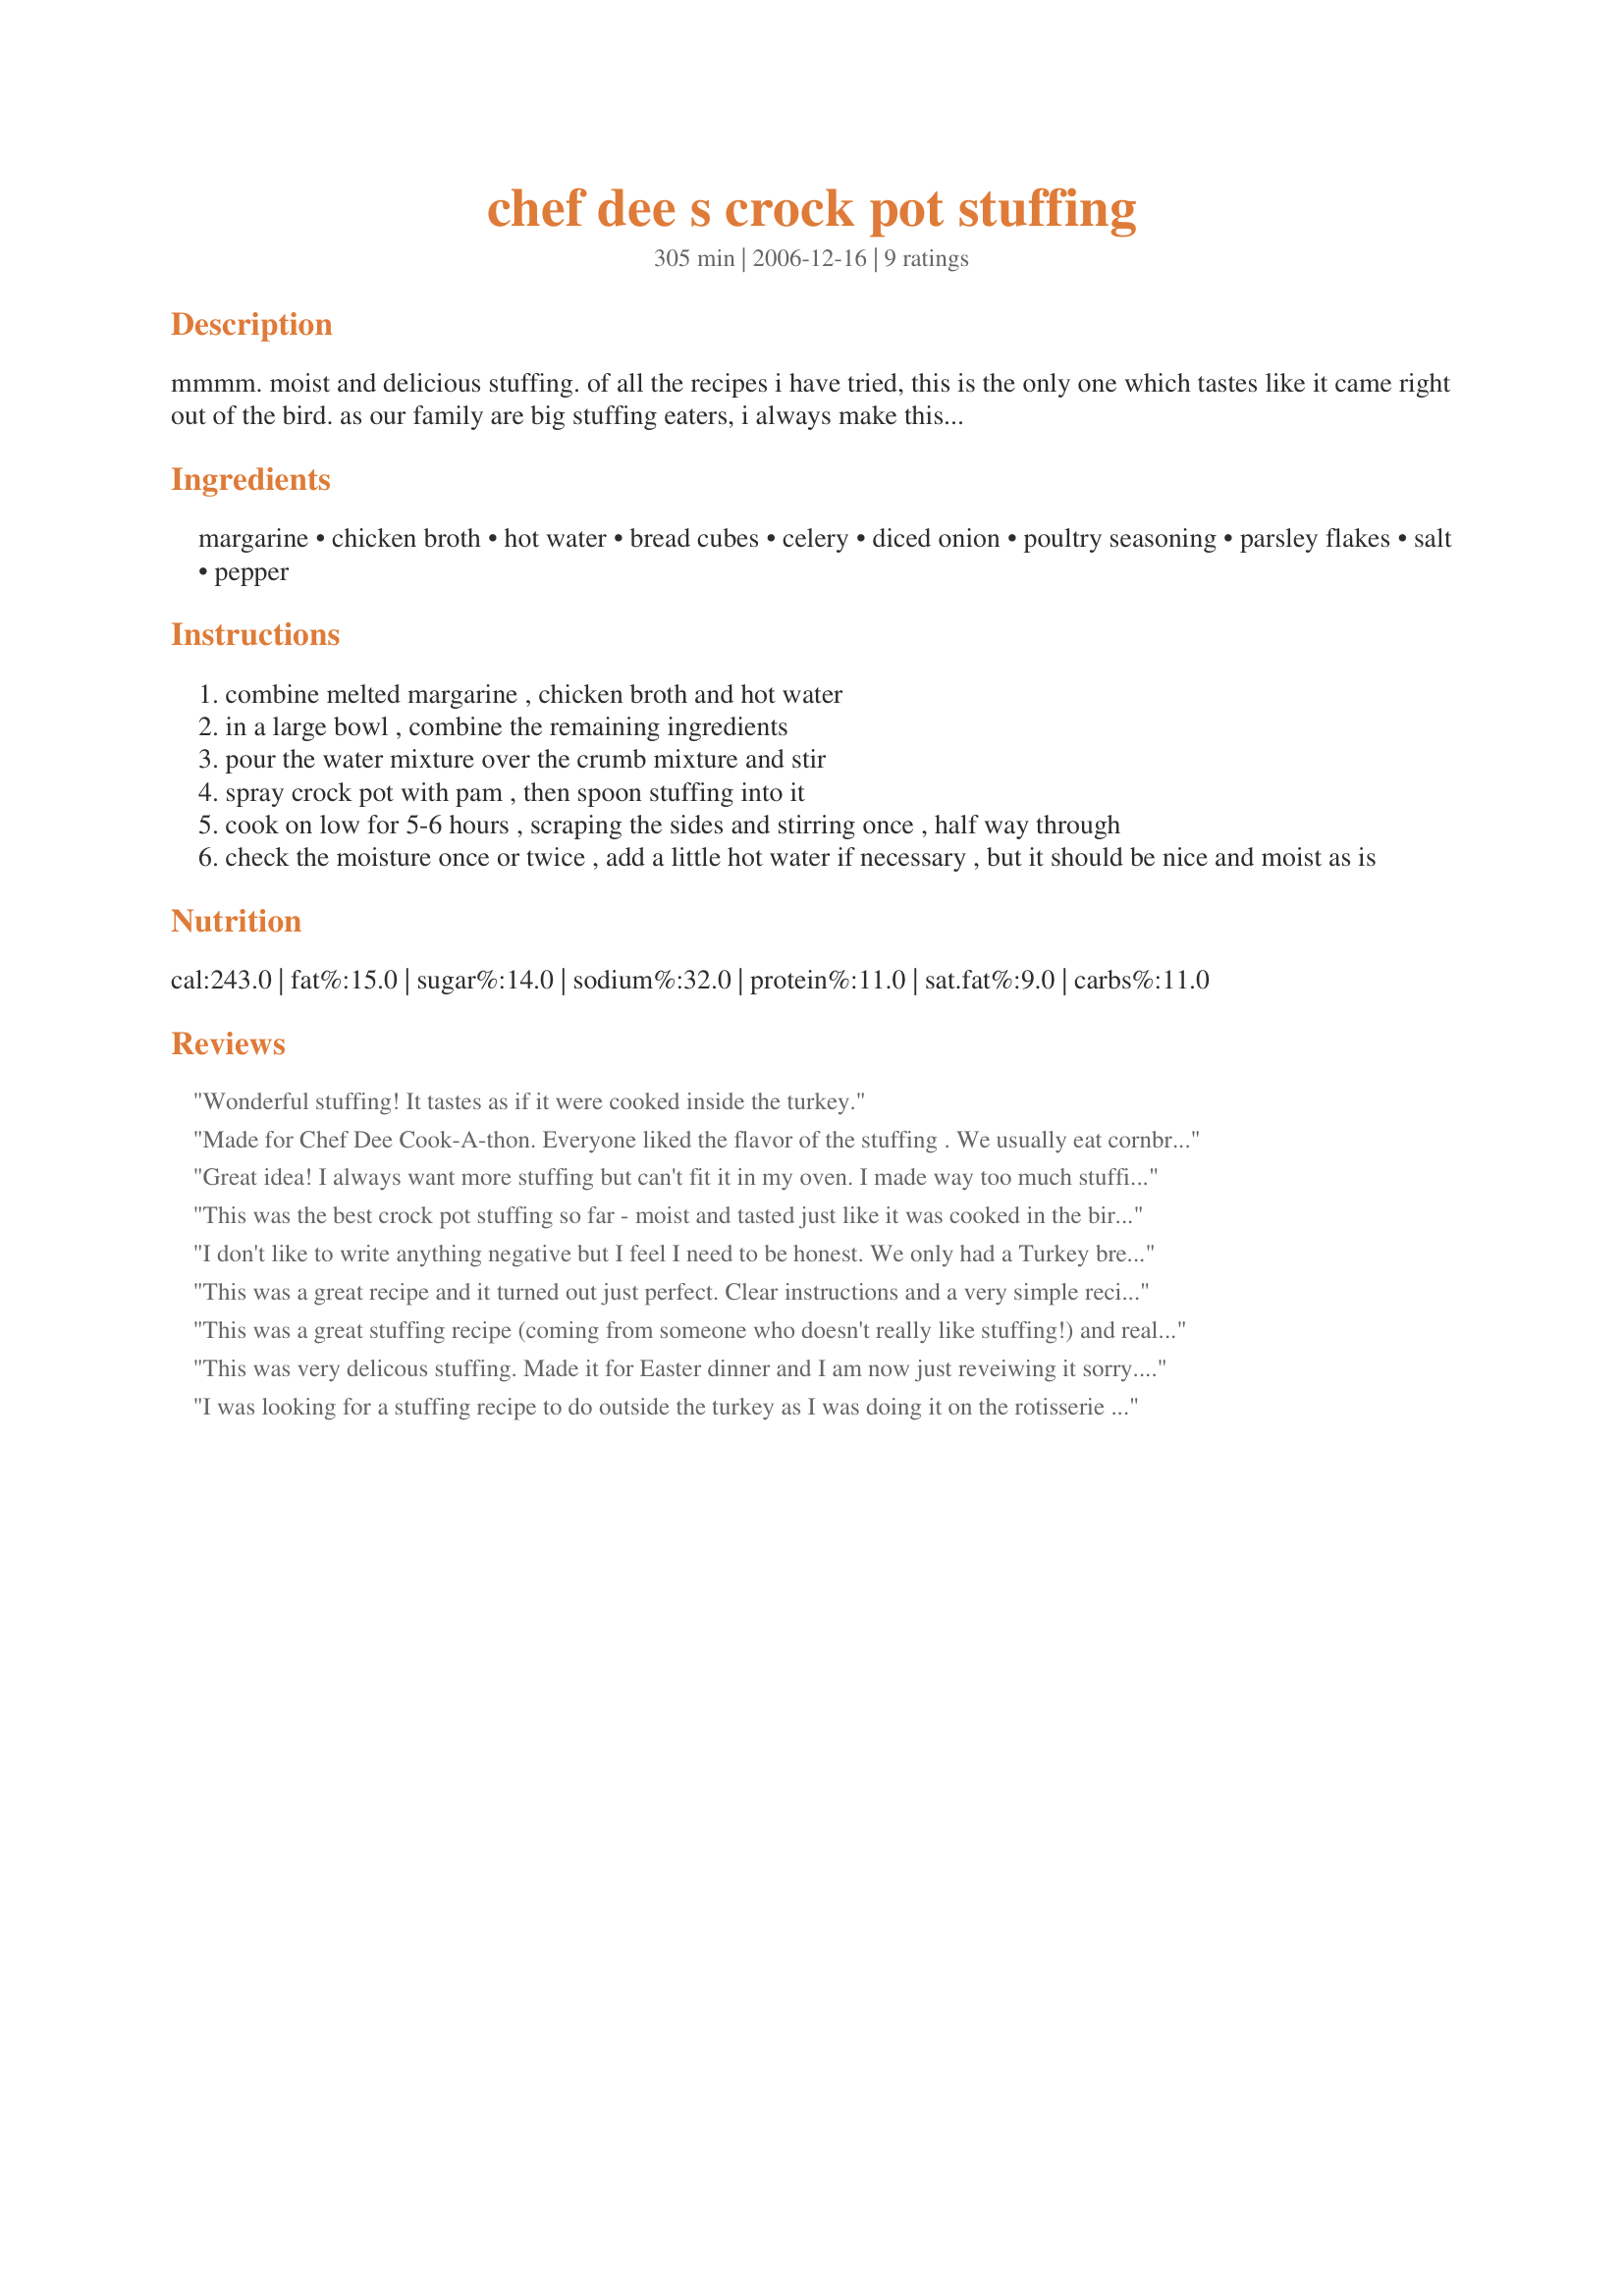
chef dee s crock pot stuffing
Preparation time: 305 minutes

mmmm. moist and delicious stuffing. of all the recipes i have tried, this is the only one which tastes like it came right out of the bird.
as our family are big stuffing eaters, i always make this recipe then mix it with the stuffing from the bird for serving.

Ingredients:
margarine, chicken broth, hot water, bread cubes, celery, diced onion, poultry seasoning, parsley flakes, salt, pepper

Steps:
combine melted margarine , chicken broth and hot water
in a large bowl , combine the remaining ingredients
pour the water mixture over the crumb mixture and stir
spray crock pot with pam , then spoon stuffing into it
cook on low for 5-6 hours , scraping the sides and stirring once , half way through
check the moisture once or twice , add a little hot water if necessary , but it should be nice and moist as is

Reviews:
Wonderful stuffing! It tastes as if it were cooked inside the turkey.
Made for Chef Dee Cook-A-thon.
Everyone liked the flavor of the stuffing . We usually eat cornbread stuffing and the texture was different than what they are use to eating, It couldn't be easier to make, 

Thanks Chef Dee. 

Bullwinkle
Great idea! I always want more stuffing but can't fit it in my oven. I made way too much stuffing this year for the first time ever thanks to this recipe! I doubled the recipe and added more chicken broth than indicated to moisten my hard bread cubes. Also, I added more poultry seasoning salt and pepper to spice it up! Was great mixed with the actual stuffing in the turkey. Also, I used butter to grease the crockpot and in the recipe.
This was the best crock pot stuffing so far - moist and tasted just like it was cooked in the bird. It was a great time saver with all the other Thankgiving goodies going and DH said it was his favorite of them all!
I don't like to write anything negative but I feel I need to be honest. We only had a Turkey breast this year so I thought this would work for Stuffing to fill out the meal. It was horrible My 24 year old was the only one to eat it at dinner. I followed the recipe exactly but the poulty seasoning was overpowering. Maybe if you are mixing with your turkey stuffing it might work but alone its not for me.
This was a great recipe and it turned out just perfect.
Clear instructions and a very simple recipe that turned out perfect stuffing! I did not change a thing.
Thanks Dee, this will be a regular!
This was a great stuffing recipe (coming from someone who doesn't really like stuffing!) and really easy to make. Thanks!
This was very delicous stuffing. Made it for Easter dinner and I am now just reveiwing it sorry. I made a ham, bu stuffing is just something everyone has to have it was a hit and it was nice having once less thing on the stove or in the oven to worry about with all the busy cooking going on in my small kitchen! I amde a double batch in my big crockpot.
I was looking for a stuffing recipe to do outside the turkey as I was doing it on the rotisserie of my barbecue. This was excellent Dee. The instructions were clear and I had no difficulty halving the recipe for our small Thanksgiving group. Will definitely make again.
